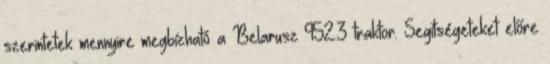
szerintetek mennyire megbízható a Belarusz 952.3 traktor. Segítségeteket előre